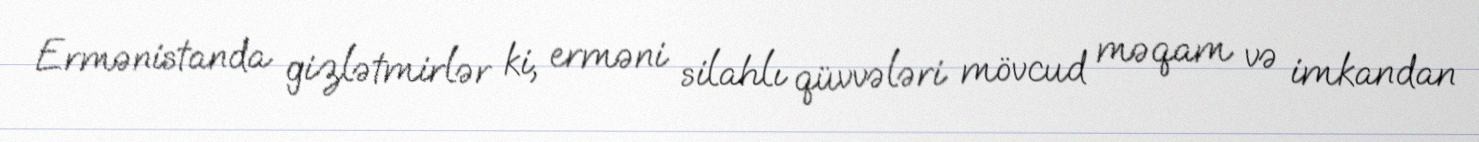
Ermənistanda gizlətmirlər ki, erməni silahlı qüvvələri mövcud məqam və imkandan